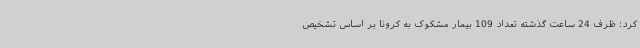
کرد: ظرف 24 ساعت گذشته تعداد 109 بیمار مشکوک به کرونا بر اساس تشخیص